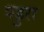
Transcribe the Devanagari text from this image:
पडुरा